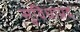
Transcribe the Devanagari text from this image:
सुविधाप्रद